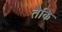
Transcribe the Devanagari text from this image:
तैकि